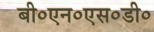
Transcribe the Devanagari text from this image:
बी०एन०एस०डी०